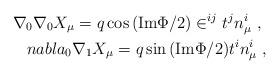
LaTeX: \begin{align*}\nabla_{0} \nabla_{0} X_{\mu} = q \cos{({\rm Im} \Phi/2)}\in^{ij} t^{j} n^{i}_{\mu} \ , \ \\nabla_{0} \nabla_{1} X_{\mu} = q \sin{({\rm Im} \Phi/2)}t^{i} n^{i}_{\mu} \ ,\end{align*}